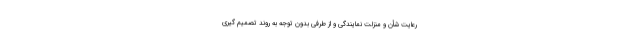
رعایت شأن و منزلت نمایندگی و از طرفی بدون توجه به روند تصمیم گیری